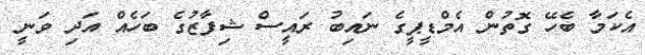
އެކަމާ ބެހޭ ގޮތުން އެމްޑީޕީގެ ނައިބު ރައީސް ޝިފާޒުގެ ބަހެއް އަދި ވަނީ